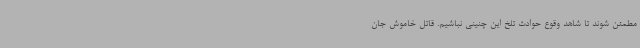
مطمئن شوند تا شاهد وقوع حوادث تلخ این چنینی نباشیم. قاتل خاموش جان